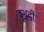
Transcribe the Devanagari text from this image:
ह़अडी